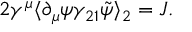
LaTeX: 2 \gamma ^ { \mu } \langle \partial _ { \mu } \psi \gamma _ { 2 1 } \tilde { \psi } \rangle _ { 2 } = { \cal J } .